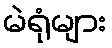
မဲရုံများ